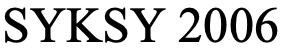
SYKSY 2006